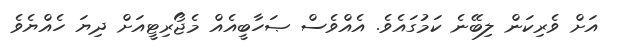
އަށް ވެރިކަން ލިބޭނެ ކަމުގައެވެ. އެއްވެސް ޞަހާބީއެއް މެޖޯރިޓީއަށް ދިޔަ ހެއްޔެވެ